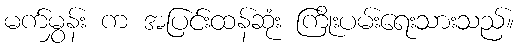
မက်မွှန်း က အပြင်းထန်ဆုံး ကြိုးပမ်းရေးသားသည်။